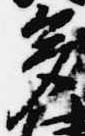
多